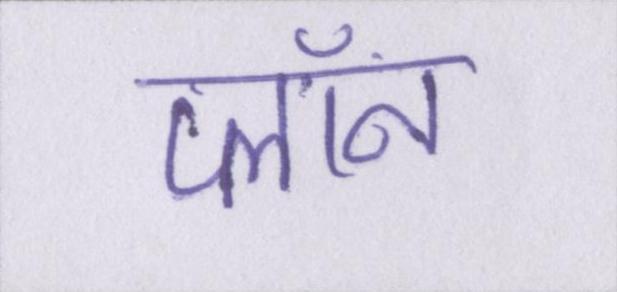
प्लॉन